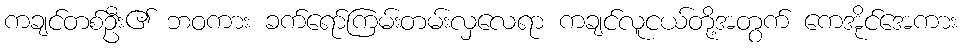
ကချင်တစ်ဦး၏ ဘဝကား ခက်ရော်ကြမ်းတမ်းလှလေရာ ကချင်လူငယ်တို့အတွက် ကေအိုင်အေကား